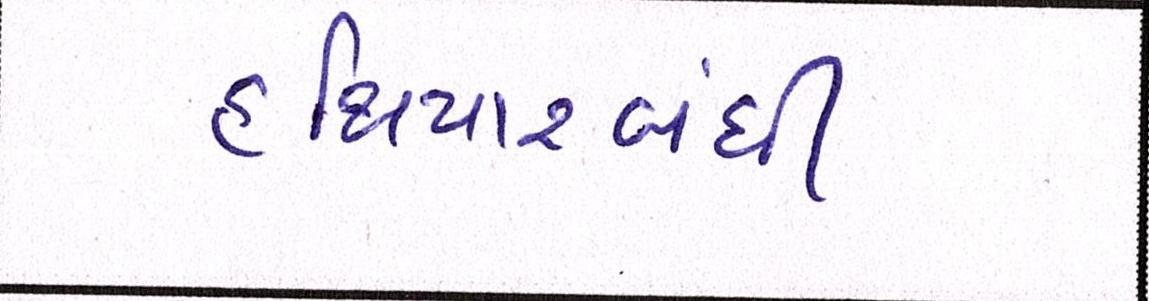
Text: હથિયારબંધી